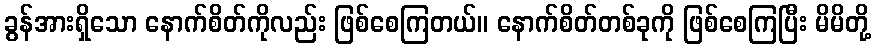
ခွန်အားရှိသော နောက်စိတ်ကိုလည်း ဖြစ်စေကြတယ်။ နောက်စိတ်တစ်ခုကို ဖြစ်စေကြပြီး မိမိတို့